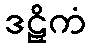
ဒဠှိကံ